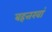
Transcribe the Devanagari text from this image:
बहत्तरवां